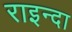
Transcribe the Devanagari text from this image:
राइन्दा